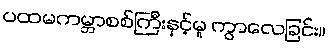
ပထမကမ္ဘာစစ်ကြီးနှင့်မူ ကွာလေခြင်း။